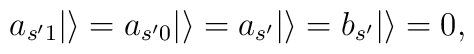
a_{s'1}|\rangle=a_{s'0}|\rangle=a_{s'}|\rangle=b_{s'}|\rangle=0,